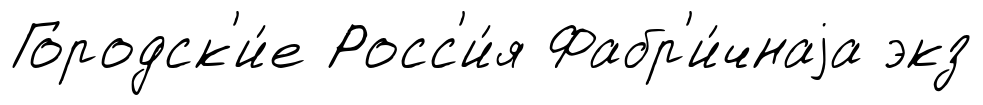
Городск'и́е Росс'и́я Фабр'и́чнаjа экз